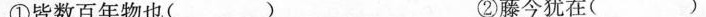
①皆数百年物也( ) ②藤今犹在( )